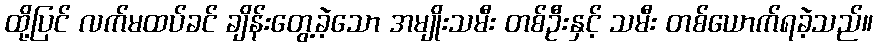
ထို့ပြင် လက်မထပ်ခင် ချိန်းတွေ့ခဲ့သော အမျိုးသမီး တစ်ဦးနှင့် သမီး တစ်ယောက်ရခဲ့သည်။